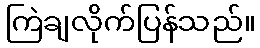
ကြဲချလိုက်ပြန်သည်။